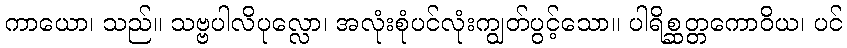
ကာယော၊ သည်။ သဗ္ဗပါလိပုလ္လော၊ အလုံးစုံပင်လုံးကျွတ်ပွင့်သော။ ပါရိစ္ဆတ္တကောဝိယ၊ ပင်